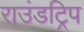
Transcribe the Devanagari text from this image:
राउंडट्रिप